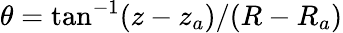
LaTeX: \theta=\tan^{-1}(z-z_{a})/(R-R_{a})